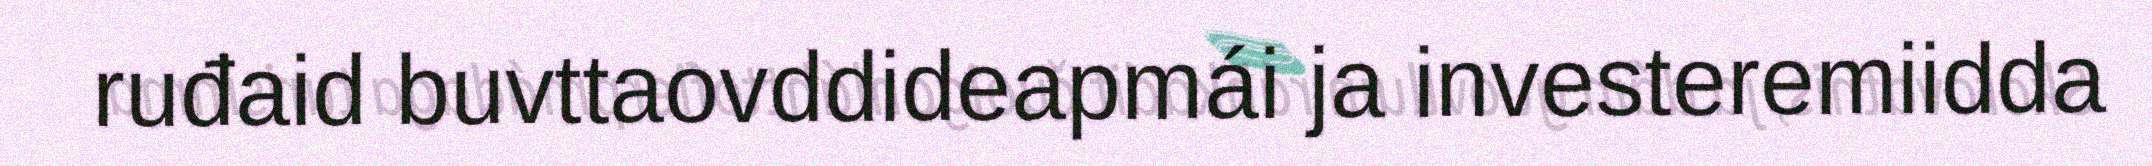
ruđaid buvttaovddideapmái ja investeremiidda